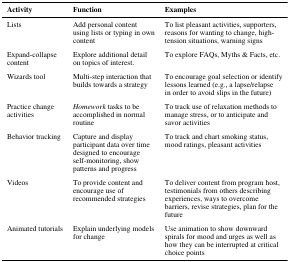
| Activity | Function | Examples |
 | --- | --- | --- |
 | Lists | Add personal contentusing lists or typing in owncontent | To list pleasant activities, supporters,reasons for wanting to change, high-tension situations, warning signs |
 | Expand-collapsecontent | Explore additional detailon topics of interest. | To explore FAQs, Myths & Facts, etc. |
 | Wizards tool | Multi-step interaction thatbuilds towards a strategy | To encourage goal selection or identifylessons learned (e.g., a lapse/relapsein order to avoid slips in the future) |
 | Practice changeactivities | Homework tasks to beaccomplished in normalroutine | To track use of relaxation methods tomanage stress, or to anticipate andsavor activities |
 | Behavior tracking | Capture and displayparticipant data over timedesigned to encourageself-monitoring, showpatterns and progress | To track and chart smoking status,mood ratings, pleasant activities |
 | Videos | To provide content andencourage use ofrecommended strategies | To deliver content from program host,testimonials from others describingexperiences, ways to overcomebarriers, revise strategies, plan for thefuture |
 | Animated tutorials | Explain underlying modelsfor change | Use animation to show downwardspirals for mood and urges as well ashow they can be interrupted at criticalchoice points |